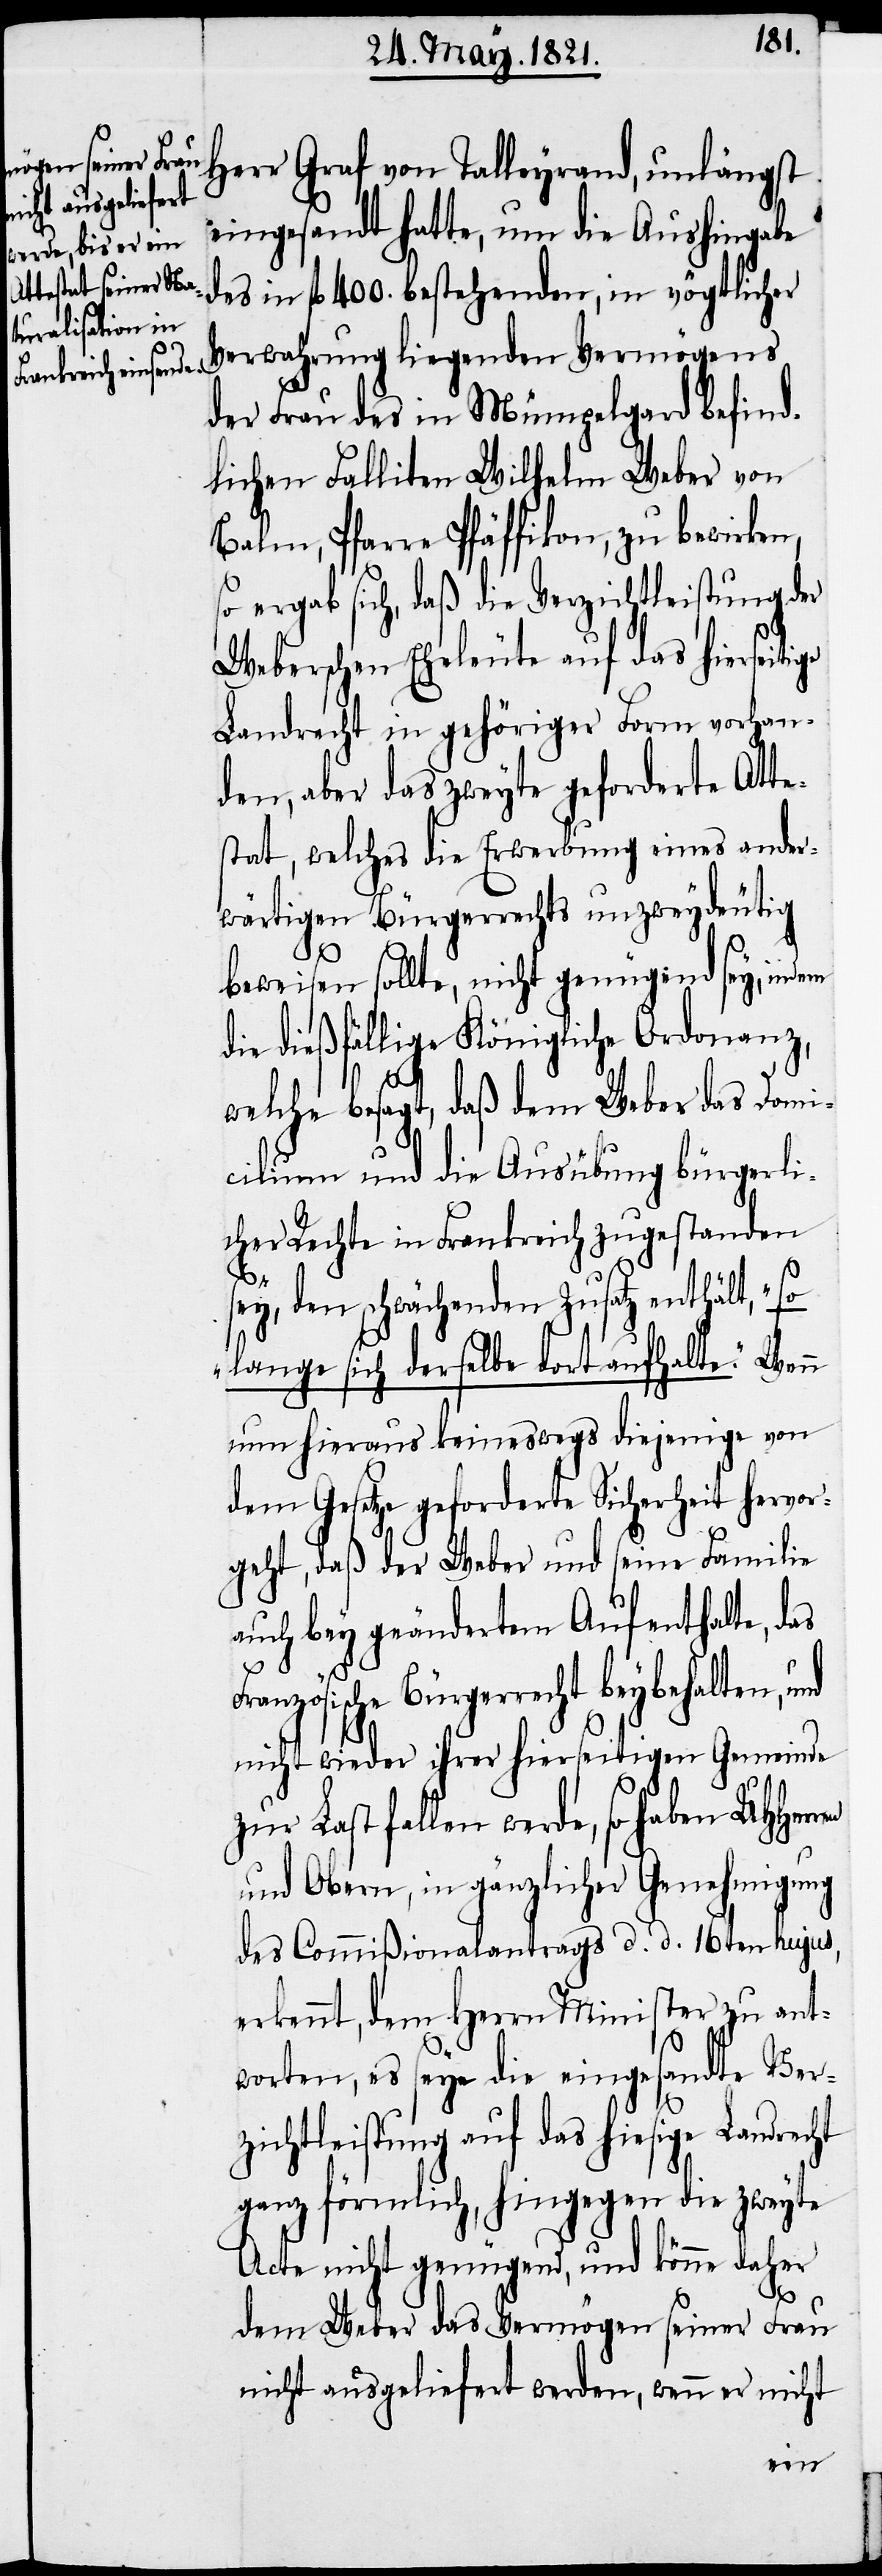
Herr Graf von Talleyrand, unlängst
eingesandt hatte, um die Aushingabe
des in fl. 400. bestehenden, in vögtlicher
Verwahrung liegenden Vermögens
der Frau des in Mümpelgard befind¬
lichen Falliten Wilhelm Weber von
Balm, Pfarre Pfäffikon, zu bewirken,
so ergab sich, daß die Verzichtleistung der
Weberschen Eheleute auf das hierseiti¬
Landrecht in gehöriger Form vorhan¬
den, aber das zweyte geforderte Atte¬
stat, welches die Erwerbung eines ander¬
wärtigen Bürgerrechts unzweydeutig
beweisen sollte, nicht genügend sey, indem
die dießfällige Königliche Ordonanz,
welche besagt, daß dem Weber das Domi¬
cilium und die Ausübung bürgerli¬
cher Rechte in Frankreich zugestanden
ht
sey, den schwächenden Zusatz enthält, „so
lange sich derselbe dort aufhalte.“ Wenn
nun hieraus keineswegs diejenige von
dem Gesetze geforderte Sicherheit hervor¬
geht, daß der Weber und seine Familie
auch bey geändertem Aufenthalte, das
Französische Bürgerrecht beybehalten, und
nicht wieder ihrer hierseitigen Gemeinde
zur Last fallen werde, so haben UHHe¬
und Obern; in gänzlicher Genehmigung
des Commißionalantrags d. d. 16ten hujus,
erkennt, es seye die eingesandte Verz¬
ichtleistung auf das hiesige Landrec¬
ganz förmlich, hingegen die zweyte
Acte nicht genügend, und könne daher
dem Weber das Vermögen seiner Frau
nicht ausgeliefert werden, wenn er nicht
rren